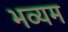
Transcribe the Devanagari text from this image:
भव्यम